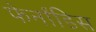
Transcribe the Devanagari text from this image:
फेर्नांडिस